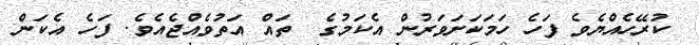
ކުރޭހެއްޔެވެ ފަހެ ހަމަކަށަވަރުން އެކަމުގެ  ތައް އަތުވެއްޖެއެވެ. ފަހެ އެކަން